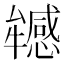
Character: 𤜁